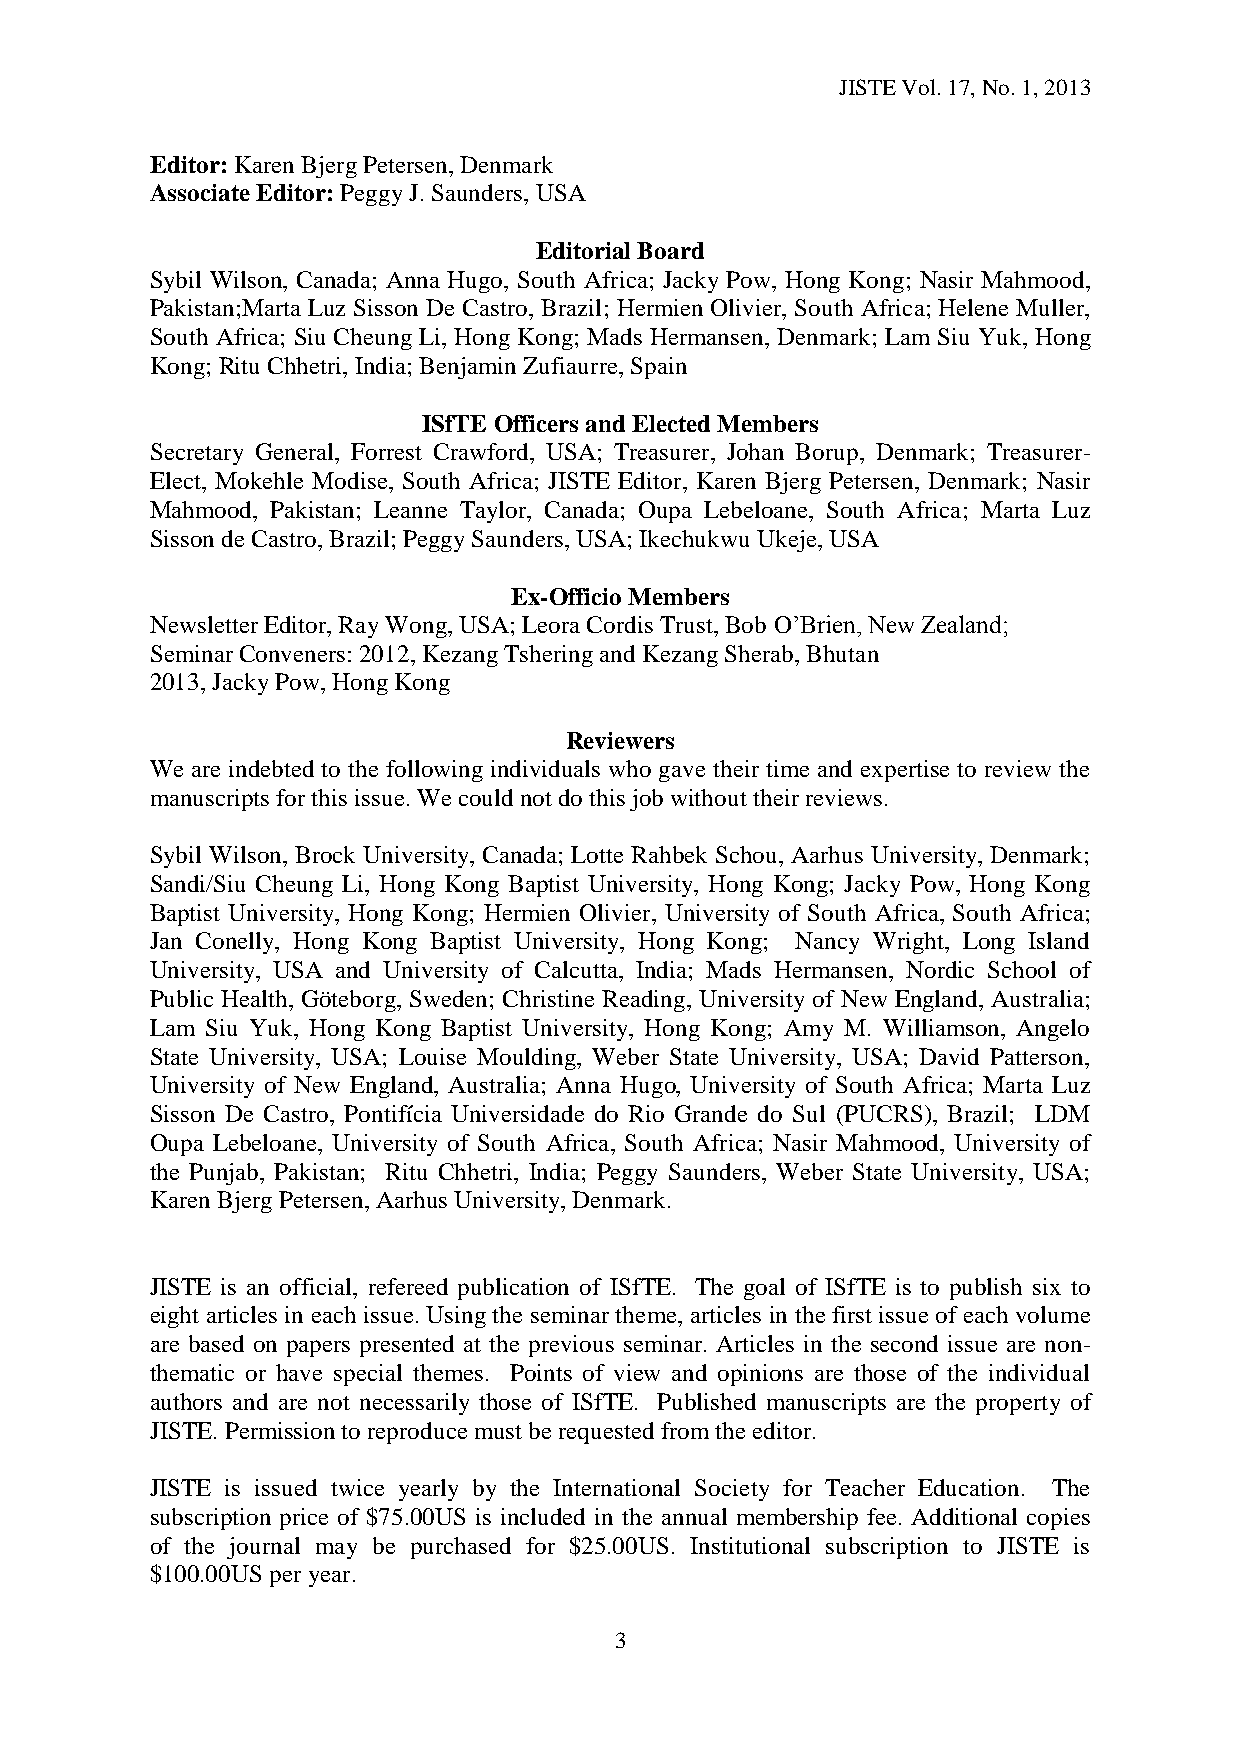
JISTE Vol. 17, No. 1, 2013
 Editor: Karen Bjerg Petersen, Denmark
 Associate Editor: Peggy J. Saunders, USA
 Editorial Board
 Sybil Wilson, Canada; Anna Hugo, South Africa; Jacky Pow, Hong Kong; Nasir Mahmood,
 Pakistan;Marta Luz Sisson De Castro, Brazil; Hermien Olivier, South Africa; Helene Muller,
 South Africa; Siu Cheung Li, Hong Kong; Mads Hermansen, Denmark; Lam Siu Yuk, Hong
 Kong; Ritu Chhetri, India; Benjamin Zufiaurre, Spain
 ISfTE Officers and Elected Members
 Secretary General, Forrest Crawford, USA; Treasurer, Johan Borup, Denmark; Treasurer-
 Elect, Mokehle Modise, South Africa; JISTE Editor, Karen Bjerg Petersen, Denmark; Nasir
 Mahmood, Pakistan; Leanne Taylor, Canada; Oupa Lebeloane, South Africa; Marta Luz
 Sisson de Castro, Brazil; Peggy Saunders, USA; Ikechukwu Ukeje, USA
 Ex-Officio Members
 Newsletter Editor, Ray Wong, USA; Leora Cordis Trust, Bob O’Brien, New Zealand;
 Seminar Conveners: 2012, Kezang Tshering and Kezang Sherab, Bhutan
 2013, Jacky Pow, Hong Kong
 Reviewers
 We are indebted to the following individuals who gave their time and expertise to review the
 manuscripts for this issue. We could not do this job without their reviews.
 Sybil Wilson, Brock University, Canada; Lotte Rahbek Schou, Aarhus University, Denmark;
 Sandi/Siu Cheung Li, Hong Kong Baptist University, Hong Kong; Jacky Pow, Hong Kong
 Baptist University, Hong Kong; Hermien Olivier, University of South Africa, South Africa;
 Jan Conelly, Hong Kong Baptist University, Hong Kong; Nancy Wright, Long Island
 University, USA and University of Calcutta, India; Mads Hermansen, Nordic School of
 Public Health, Göteborg, Sweden; Christine Reading, University of New England, Australia;
 Lam Siu Yuk, Hong Kong Baptist University, Hong Kong; Amy M. Williamson, Angelo
 State University, USA; Louise Moulding, Weber State University, USA; David Patterson,
 University of New England, Australia; Anna Hugo, University of South Africa; Marta Luz
 Sisson De Castro, Pontifícia Universidade do Rio Grande do Sul (PUCRS), Brazil; LDM
 Oupa Lebeloane, University of South Africa, South Africa; Nasir Mahmood, University of
 the Punjab, Pakistan; Ritu Chhetri, India; Peggy Saunders, Weber State University, USA;
 Karen Bjerg Petersen, Aarhus University, Denmark.
 JISTE is an official, refereed publication of ISfTE. The goal of ISfTE is to publish six to
 eight articles in each issue. Using the seminar theme, articles in the first issue of each volume
 are based on papers presented at the previous seminar. Articles in the second issue are non-
 thematic or have special themes. Points of view and opinions are those of the individual
 authors and are not necessarily those of ISfTE. Published manuscripts are the property of
 JISTE. Permission to reproduce must be requested from the editor.
 JISTE is issued twice yearly by the International Society for Teacher Education. The
 subscription price of $75.00US is included in the annual membership fee. Additional copies
 of the journal may be purchased for $25.00US. Institutional subscription to JISTE is
 $100.00US per year.
 3